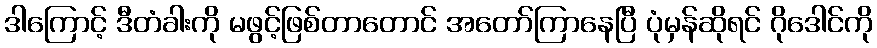
ဒါကြောင့် ဒီတံခါးကို မဖွင့်ဖြစ်တာတောင် အတော်ကြာနေပြီ ပုံမှန်ဆိုရင် ဂိုဒေါင်ကို